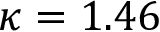
\kappa = 1 . 4 6